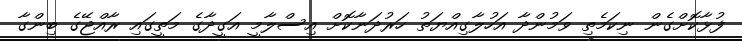
ފުޅާކޮށްގެން ނިކަމެތި ވަމުންދާ އަހުލާގިއްޔަތު ހަރުދަނާކޮށް އިސްލާމީ އަގީދާގެ މަތީގައި ރާއްޖޭގެ ބިންގާ